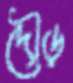
দৌড়